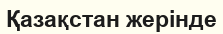
Қазақстан жерінде